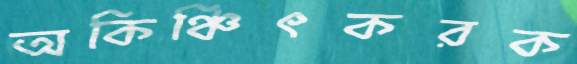
অকিঞ্চিৎকরক